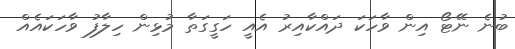
ބުނެ ނޭޓޯ އިން ވާހަކަ ދައްކާއިރު އެއީ ހަގީގަތާ މުޅިން ހިލާފު ވާހަކައެއް